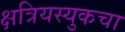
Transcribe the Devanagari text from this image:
क्षत्रियस्युकचा